Madras plague regulations in force outside the Presidency town - Volume 2
Disease focus: Plague
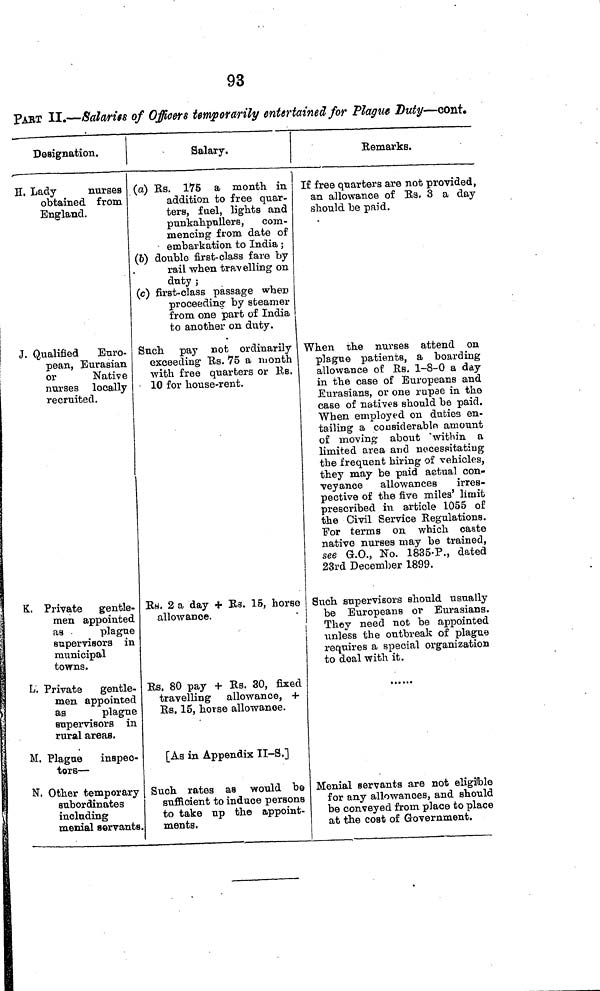
93
PART II.—Salaries of Officers temporarily entertained, for Plague Duty—cont.
Designation.
H. Lady
nurses
obtained from
England.
J. Qualified
Euro-
pean, Eurasian
or
Native
nurses locally
recruited.
K. Private gentle-
men appointed
as •
plague
supervisors in
municipal
towns.
L. Private
gentle-
men appointed
as
plague
supervisors in
rural areas.
M. Plague inspec-
tors —
N. Other temporary
subordinates
including
menial servants
Salary.
(a) Rs. 175 a month in
addition to free quar-
ters, fuel, lights and
punkahpullers, com-
mencing from date of
• embarkation to India ;
(b) double first-class fare by
rail when travelling on
duty ;
(c) first-class passage when
proceeding' by steamer
from one part of India
to another on duty.
Such pay not ordinarily
exceeding Rs. 75 a month
with free quarters or KB.
10 for house-rent.
Rs. 2 a day + Rs. 15, horse
allowance.
Rs. 80 pay + Rs. 30, fixed
travelling allowance, +
Rs. 15, horse allowance.
[As in Appendix II-S.]
Such rates as would be
sufficient to induce persons
to take up the appoint-
ments.
Remarks.
If free quarters are not provided,
an allowance of Rs. 3 a day
should be paid.
When the nurses attend on
plague patients, a boarding
allowance of Rs. 1-8-0 a day
in the case of Europeans and
Eurasians, or one rupae in the
case of natives should be paid.
When employed on duties en-
tailing a considerable amount
of moving- about within a
limited area and necessitating
the frequent hiring of vehicles,
they may be paid actual con-
veyance allowances
irres-
pective of the five miles' limit
prescribed in article 1055 of
the Civil Service Regulations.
For terms on which caste
native nurses may be trained,
see G.O., No. 1835-P., dated
23rd December 1899.
Such supervisors should usually
be Europeans or Eurasians.
They need not be appointed
unless the outbreak of plague
requires a special organization
to deal with it.
......
Menial servants are not eligible
for any allowances, and should
be conveyed from place to place
at the cost of Government.